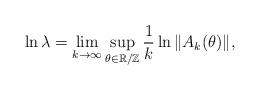
LaTeX: \begin{align*} \ln\lambda=\lim_{k\rightarrow\infty} \sup_{\theta\in\mathbb{R}/ \mathbb{Z}}\frac{1}{k} \ln \| A_k(\theta)\|,\end{align*}